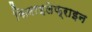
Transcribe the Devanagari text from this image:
फिनाइलेफ्राइन